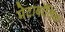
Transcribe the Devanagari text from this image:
मेटाबॉलिक